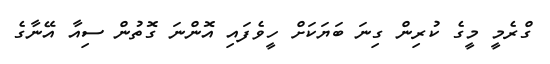
ގްރެމީ މީގެ ކުރިން ގިނަ ބަޔަކަށް ހީވެފައި އޮންނަ ގޮތުން ސިއާ އޭނާގެ